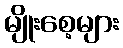
မျိုးစေ့များ